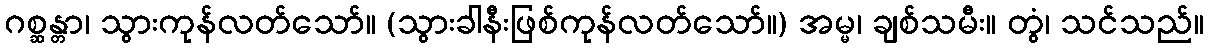
ဂစ္ဆန္တာ၊ သွားကုန်လတ်သော်။ (သွားခါနီးဖြစ်ကုန်လတ်သော်။) အမ္မ၊ ချစ်သမီး။ တွံ၊ သင်သည်။